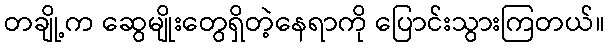
တချို့က ဆွေမျိုးတွေရှိတဲ့နေရာကို ပြောင်းသွားကြတယ်။